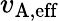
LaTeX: {v}_{\mathrm{A,eff}}